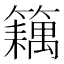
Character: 𬕽